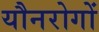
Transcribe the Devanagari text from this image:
यौनरोगों